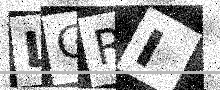
Text: LGRI